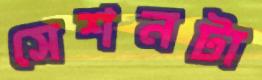
সেশনটা